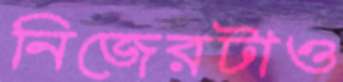
নিজেরটাও